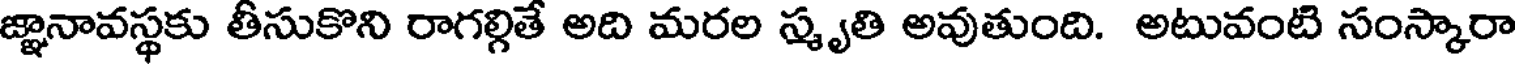
జ్ఞానావస్థకు తీసుకొని రాగల్గితే అది మరల స్మృతి అవుతుంది. అటువంటి సంస్కారా